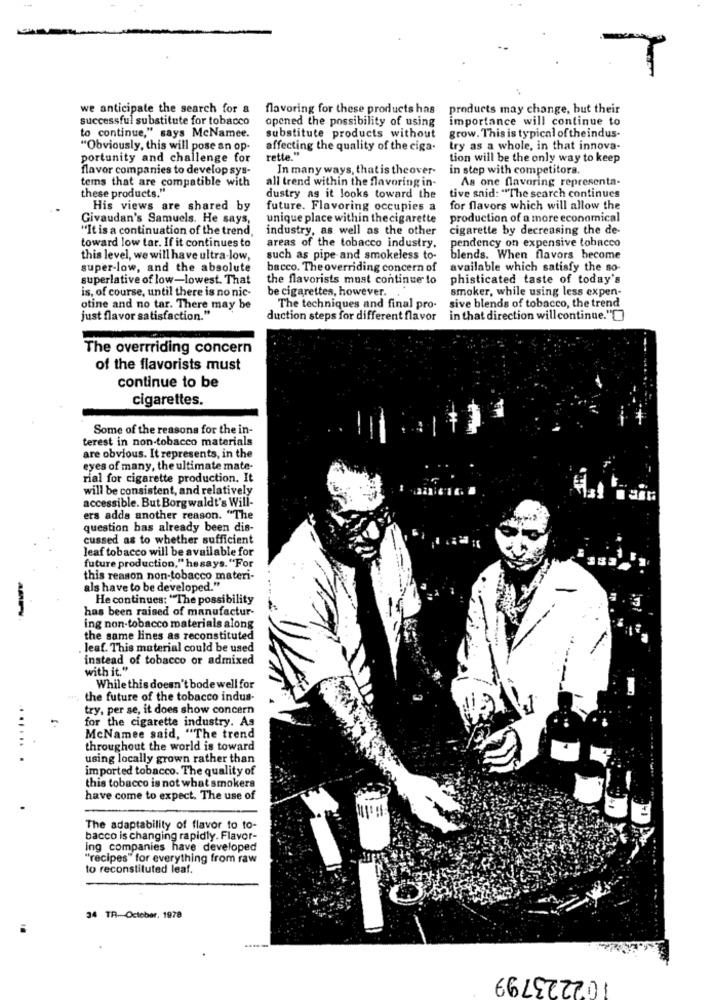
we anticipate the search for a
flavoring for these products has products may change, but their
successful substitute for tobacco
opened the possibility of using
importance will continue to
to continue," says McNamee.
substitute products without
grow. This is typical of theindus-
"Obviously, this will pose an op-
affecting the quality of the ciga.
try as a whole, in that innova-
portunity and challenge for
rette."
tion will be the only way to keep
flavor companies to develop sys-
In many ways, that is theover-
in step with competitors.
tems that are compatible with
As one flavoring representa-
these products."
all trend within the flavoring in-
dustry ag it looks toward the
tive said: "The search continues
His views are shared by
future. Flavoring occupies a
for flavors which will allow the
Givaudan's Samuels. He says,
unique place within thecigarette
production of a more economical
"It is a continuation of the trend,
industry, as well as the other
cigarette by decreasing the de-
toward low tar. If it continues to
pendency on expensive tobacco
areas of the tobacco industry.
this level, we will have ultra-low,
such as pipe and smokeless to-
blends. When flavors become
super-low, and the absolute
bacco. The overriding concern of
available which satisfy the so-
superlative of low-lowest. That
the flavorists must continue to
phisticated taste of today's
is, of course, until there is no nic-
be cigarettes, however.
smoker, while using less expen-
sive blends of tobacco, the trend
otine and no tar. There may be
The techniques and final pro-
just flavor satisfaction."
duction steps for different flavor
in that direction willcontinue."[]
The overrriding concern
of the flavorists must
continue to be
cigarettes.
Some of the reasons for the in-
terest in non-tobacco materials
are obvious. It represents, in the
eyes of many, the ultimate mate-
rial for cigarette production. It
will be consistent, and relatively
accessible. But Borg waldt's Will-
ers adds another reason. "The
question has already been dis-
cussed as to whether sufficient
leaf tobacco will be available for
future production," he says. "For
this reason non-tobacco materi-
als have to be developed."
He continues: "The possibility
has been raised of manufactur-
ing non-tobacco materials along
the same lines as reconstituted
leaf. This material could be used
instead of tobacco or admixed
with it."
While this doesn't bode well for
w ., the future of the tobacco indus-
try, per se, it does show concern
for the cigarette industry. As
McNamee said, "The trend
throughout the world is toward
using locally grown rather than
imported tobacco. The quality of
this tobacco is not what smokers
have come to expect. The use of
The adaptability of flavor to to-
bacco is changing rapidly. Flavor-
ing companies have developed
"recipes" for everything from raw
to reconstituted leaf.
34 TR --- October, 1978
102223799